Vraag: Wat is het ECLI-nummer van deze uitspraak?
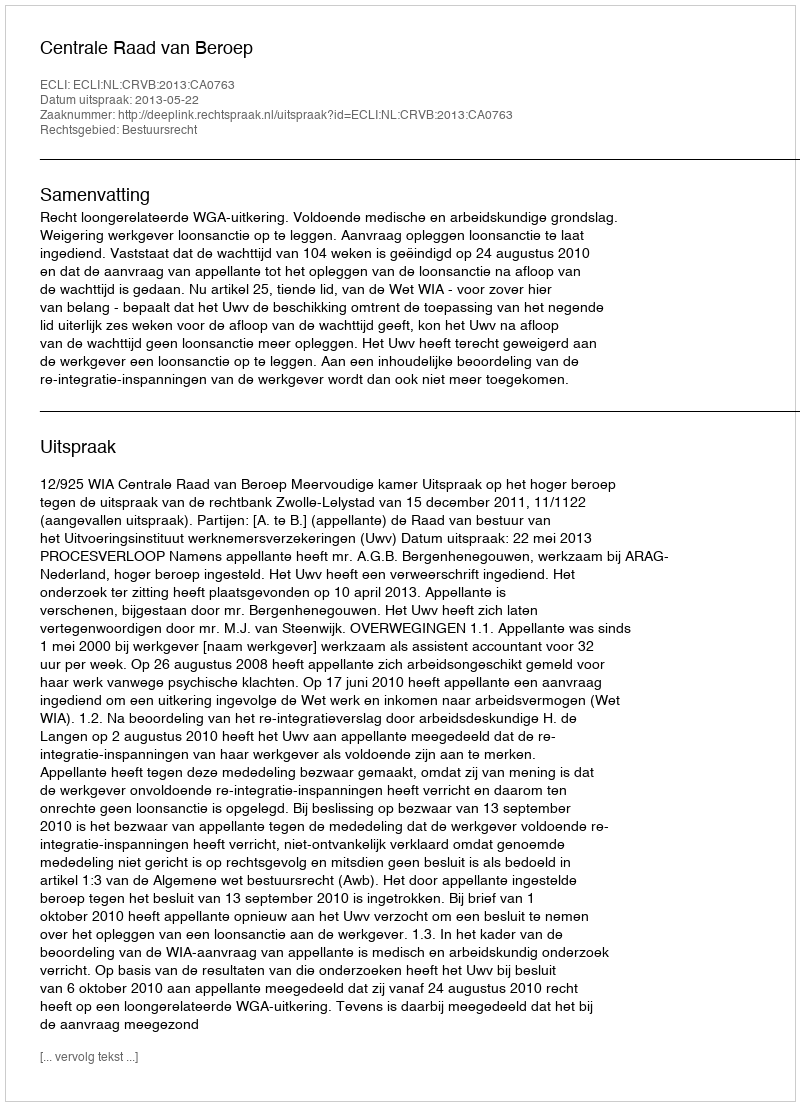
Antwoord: ECLI:NL:CRVB:2013:CA0763